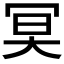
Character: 𠖇